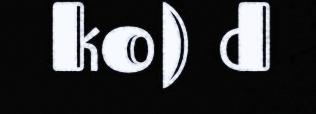
ko) d